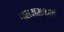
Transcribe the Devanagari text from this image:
ग्रामसफाई